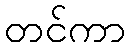
တင်ကာ